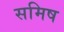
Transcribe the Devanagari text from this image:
समिष